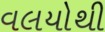
વલયોથી